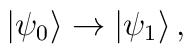
|\psi_0\rangle \rightarrow |\psi_1\rangle\,,